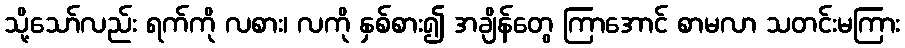
သို့သော်လည်း ရက်ကို လစား၊ လကို နှစ်စား၍ အချိန်တွေ ကြာအောင် စာမလာ သတင်းမကြား